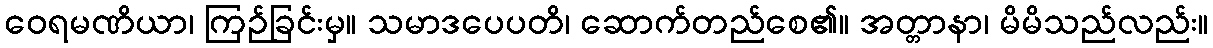
ဝေရမဏိယာ၊ ကြဉ်ခြင်းမှ။ သမာဒပေပတိ၊ ဆောက်တည်စေ၏။ အတ္တာနာ၊ မိမိသည်လည်း။